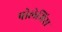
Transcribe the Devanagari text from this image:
पोलेमिस